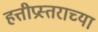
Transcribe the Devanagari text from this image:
हत्तीप्रस्तराच्या